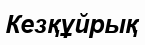
Кезқұйрық